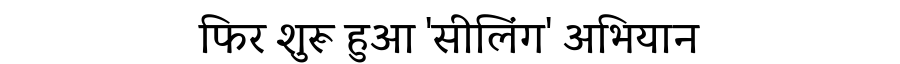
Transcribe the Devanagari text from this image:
फिर शुरू हुआ 'सीलिंग' अभियान